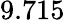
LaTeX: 9.715